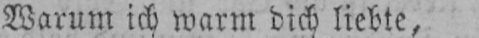
Warum ich warm dich liebte,